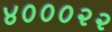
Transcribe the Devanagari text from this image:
४०००२२